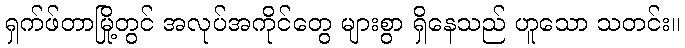
ရှက်ဖ်တာမြို့တွင် အလုပ်အကိုင်တွေ များစွာ ရှိနေသည် ဟူသော သတင်း။